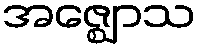
အဇ္ဈောသ